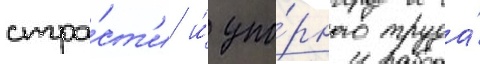
стра́ст'и и́ упо́рного труда́